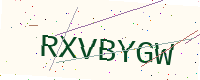
Text: RXVBYGW